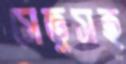
সেতুসহ